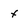
Character: X